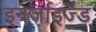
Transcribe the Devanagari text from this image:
इनर्जाइज्ड